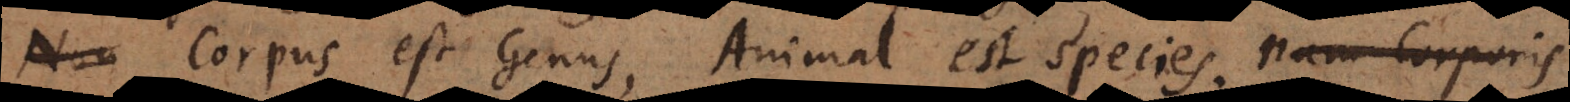
Corpus est genus, Animal est species; nam Corporis